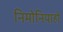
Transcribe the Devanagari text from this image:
निमोनियाहो